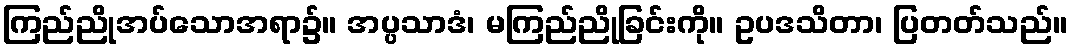
ကြည်ညိုအပ်သောအရာ၌။ အပ္ပသာဒံ၊ မကြည်ညိုခြင်းကို။ ဥပဒသိတာ၊ ပြတတ်သည်။